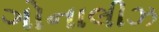
ગોનાલીઝ